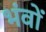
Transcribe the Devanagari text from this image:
भंवों